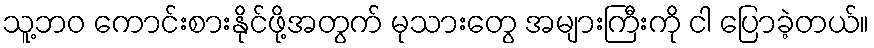
သူ့ဘဝ ကောင်းစားနိုင်ဖို့အတွက် မုသားတွေ အများကြီးကို ငါ ပြောခဲ့တယ်။